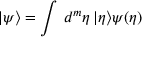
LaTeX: | \psi \rangle = \int \, d ^ { m } \eta \, | \eta \rangle \psi ( \eta )